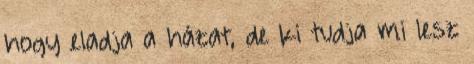
hogy eladja a házat, de ki tudja mi lesz